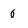
Character: 0